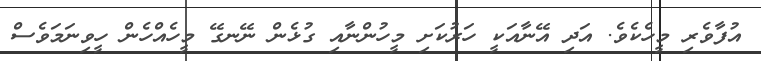
އުފާވެރި މީހެކެވެ. އަދި އޭނާއަކީ ހަރުކަށި މީހުންނާއި ގުޅެން ނޭނގޭ މީހެއްހެން ހީވިނަމަވެސް